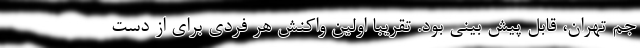
جم تهران، قابل پیش بینی بود. تقریبا اولین واکنش هر فردی برای از دست